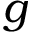
g